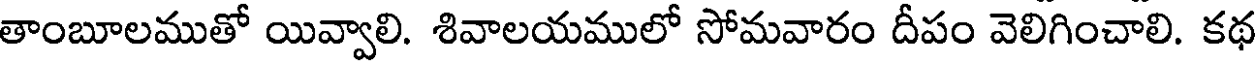
తాంబూలముతో యివ్వాలి. శివాలయములో సోమవారం దీపం వెలిగించాలి. కథ